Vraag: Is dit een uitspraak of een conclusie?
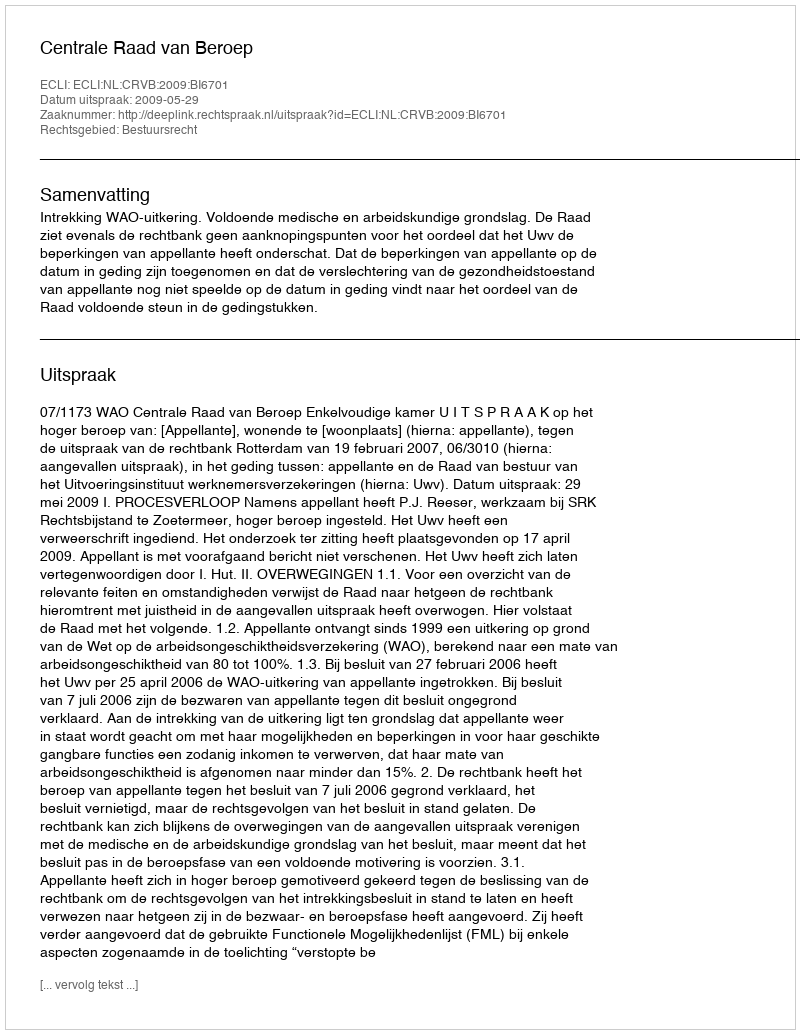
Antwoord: Uitspraak